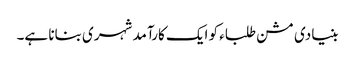
بنیادی مشن طلباء کو ایک کارآمد شہری بنانا ہے۔